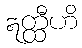
ဣတ္ထီဟိ